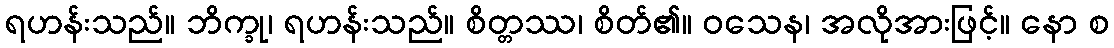
ရဟန်းသည်။ ဘိက္ခု၊ ရဟန်းသည်။ စိတ္တဿ၊ စိတ်၏။ ဝသေန၊ အလိုအားဖြင့်။ နော စ